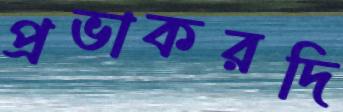
প্রভাকরদি